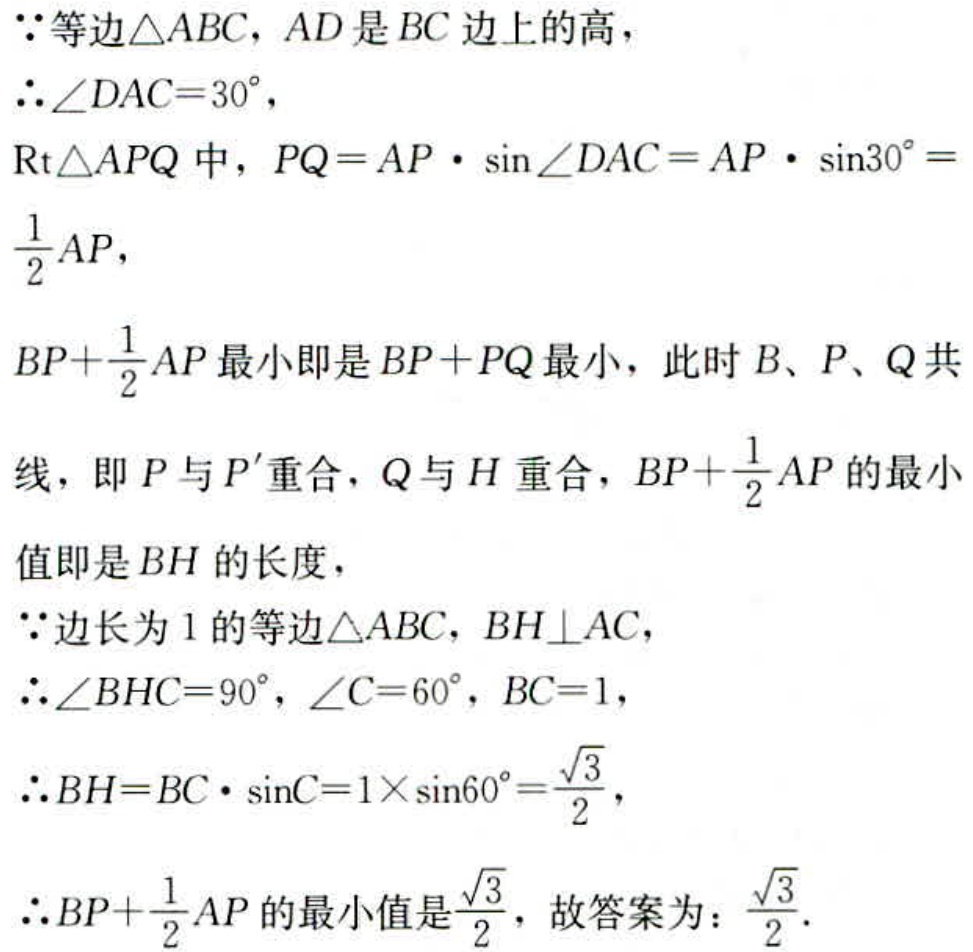
\(
\begin{align*}
&\because\text{等边}\triangle ABC，AD\text{是}BC\text{边上的高}，\\
&\therefore\angle DAC = 30^{\circ}，\\
&\text{Rt}\triangle APQ\text{中}，PQ = AP\cdot\sin\angle DAC=AP\cdot\sin30^{\circ}=\frac{1}{2}AP，\\
&BP + \frac{1}{2}AP\text{最小即是}BP + PQ\text{最小}，\text{此时}B、P、Q\text{共}\\
&\text{线}，\text{即}P\text{与}P^{\prime}\text{重合}，Q\text{与}H\text{重合}，BP+\frac{1}{2}AP\text{的最小}\\
&\text{值即是}BH\text{的长度}，\\
&\because\text{边长为}1\text{的等边}\triangle ABC，BH\perp AC，\\
&\therefore\angle BHC = 90^{\circ}，\angle C = 60^{\circ}，BC = 1，\\
&\therefore BH = BC\cdot\sin C=1\times\sin60^{\circ}=\frac{\sqrt{3}}{2}，\\
&\therefore BP+\frac{1}{2}AP\text{的最小值是}\frac{\sqrt{3}}{2}，\text{故答案为}：\frac{\sqrt{3}}{2}．
\end{align*}
\)